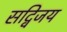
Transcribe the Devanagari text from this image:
सद्विजय